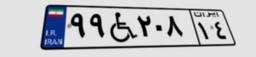
۹۹W۲۰۸۱۴